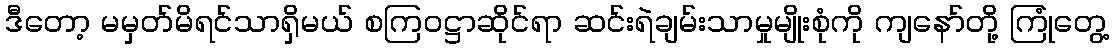
ဒီတော့ မမှတ်မိရင်သာရှိမယ် စကြဝဋ္ဌာဆိုင်ရာ ဆင်းရဲချမ်းသာမှုမျိုးစုံကို ကျနော်တို့ ကြုံတွေ့